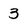
Character: 3